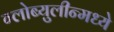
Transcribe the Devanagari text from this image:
ग्लोब्युलीन्मध्ये